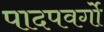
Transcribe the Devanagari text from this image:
पादपवर्गो